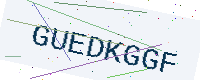
Text: GUEDKGGF